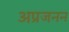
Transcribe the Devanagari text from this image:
अप्रजनन